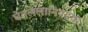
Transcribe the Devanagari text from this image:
घेतलेलानिवडक